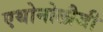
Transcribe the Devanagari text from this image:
एथोनोलौजी